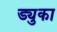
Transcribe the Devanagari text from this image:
ड्युका